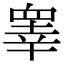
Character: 睾